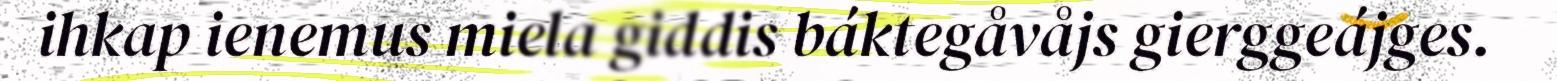
ihkap ienemus miela giddis báktegåvåjs gierggeájges.